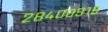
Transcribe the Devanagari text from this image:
२८४००९१९